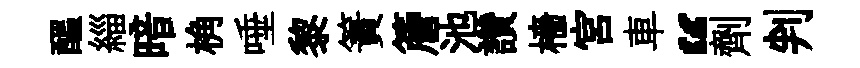
醖緇暗桷唾黎簀簷池讚檣宮車“劑判